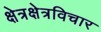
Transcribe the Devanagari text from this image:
क्षेत्रक्षेत्रविचार